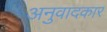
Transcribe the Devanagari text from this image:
अनुवादकार